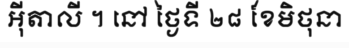
អ៊ីតាលី ។ នៅ ថ្ងៃទី ២៨ ខែមិថុនា